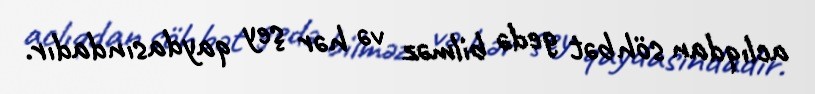
aclıqdan söhbət gedə bilməz və hər şey qaydasındadır.